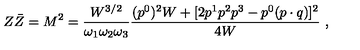
Z \bar { Z } = M ^ { 2 } = \frac { W ^ { 3 / 2 } } { \omega _ { 1 } \omega _ { 2 } \omega _ { 3 } } \frac { ( p ^ { 0 } ) ^ { 2 } W + [ 2 p ^ { 1 } p ^ { 2 } p ^ { 3 } - p ^ { 0 } ( p \cdot q ) ] ^ { 2 } } { 4 W } \ ,